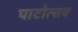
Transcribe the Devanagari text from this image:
पाटोत्सव